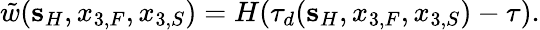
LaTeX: \tilde{w}({\mathbf s}_{H},x_{3,F},x_{3,S})=H(\tau_{d}({\mathbf s}_{H},x_{3,F},x_{3,S})-\tau).